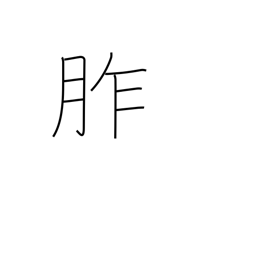
Meaning: offerings to gods